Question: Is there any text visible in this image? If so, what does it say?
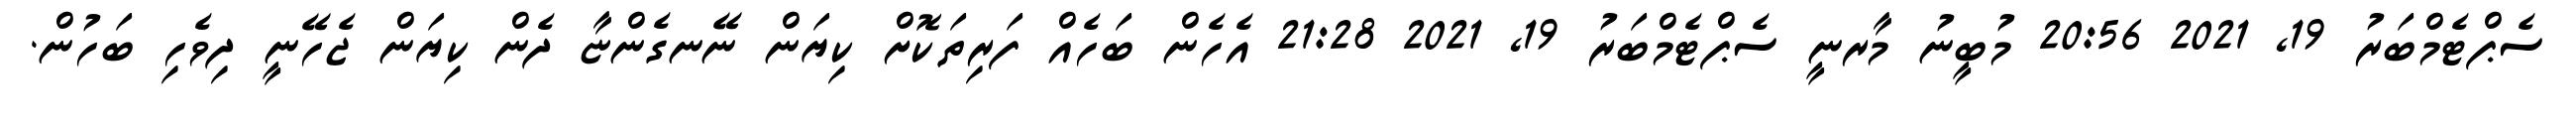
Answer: ސެޕްޓެމްބަރު 19, 2021 20:56 މުބީނު މާރނީ ސެޕްޓެމްބަރު 19, 2021 21:28 އެހެން ބަހެއް ފަރިތަކޮށް ކިޔަން ނޭނގެންޏާ ދެން ކިޔަން ޖެހޭނީ ދިވެހި ބަހުން.